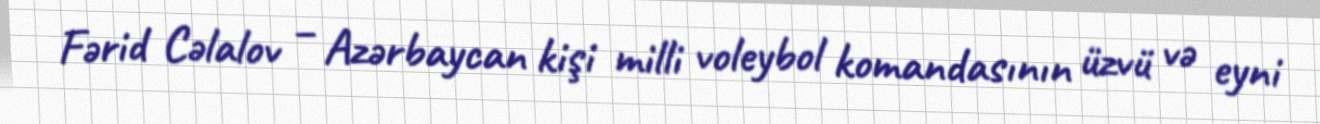
Fərid Cəlalov – Azərbaycan kişi milli voleybol komandasının üzvü və eyni